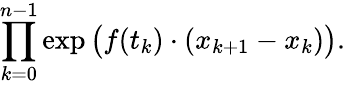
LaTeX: \prod_{k=0}^{n-1}\exp{\big(}f(t_{k})\cdot(x_{k+1}-x_{k}){\big)}.